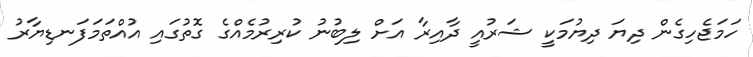
ހަމަޖެހިގެން ދިޔަ ދިޔުމަކީ ޝަރުއީ ދާއިރާ އަށް ލިބުނު ކުރިރުމެއްގެ ގޮތުގައި އުއްތަމަފަނޑިޔާރު